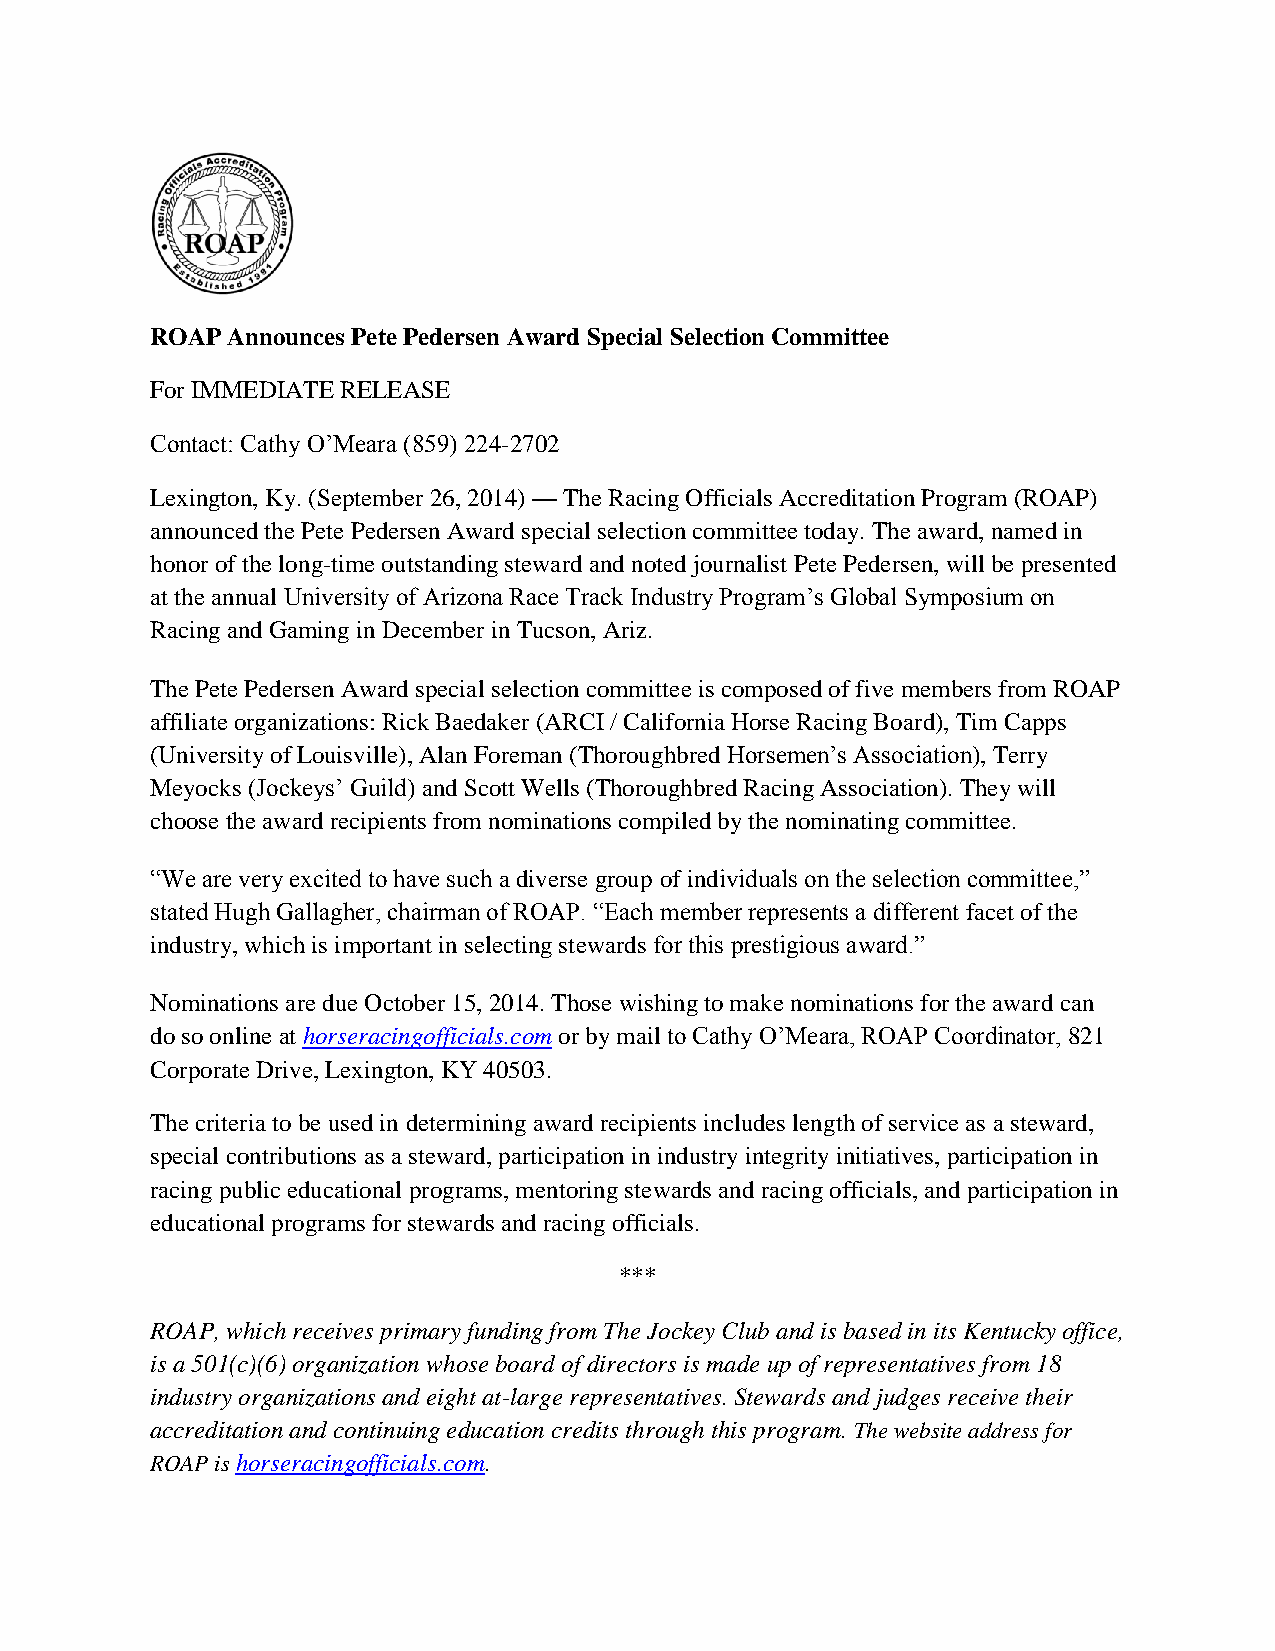
ROAP Announces Pete Pedersen Award Special Selection Committee
 For IMMEDIATE RELEASE
 Contact: Cathy O’Meara (859) 224-2702
 Lexington, Ky. (September 26, 2014) — The Racing Officials Accreditation Program (ROAP)
 announced the Pete Pedersen Award special selection committee today. The award, named in
 honor of the long-time outstanding steward and noted journalist Pete Pedersen, will be presented
 at the annual University of Arizona Race Track Industry Program’s Global Symposium on
 Racing and Gaming in December in Tucson, Ariz.
 The Pete Pedersen Award special selection committee is composed of five members from ROAP
 affiliate organizations: Rick Baedaker (ARCI / California Horse Racing Board), Tim Capps
 (University of Louisville), Alan Foreman (Thoroughbred Horsemen’s Association), Terry
 Meyocks (Jockeys’ Guild) and Scott Wells (Thoroughbred Racing Association). They will
 choose the award recipients from nominations compiled by the nominating committee.
 “We are very excited to have such a diverse group of individuals on the selection committee,”
 stated Hugh Gallagher, chairman of ROAP. “Each member represents a different facet of the
 industry, which is important in selecting stewards for this prestigious award.”
 Nominations are due October 15, 2014. Those wishing to make nominations for the award can
 do so online at horseracingofficials.com or by mail to Cathy O’Meara, ROAP Coordinator, 821
 Corporate Drive, Lexington, KY 40503.
 The criteria to be used in determining award recipients includes length of service as a steward,
 special contributions as a steward, participation in industry integrity initiatives, participation in
 racing public educational programs, mentoring stewards and racing officials, and participation in
 educational programs for stewards and racing officials.
 ***
 ROAP, which receives primary funding from The Jockey Club and is based in its Kentucky office,
 is a 501(c)(6) organization whose board of directors is made up of representatives from 18
 industry organizations and eight at-large representatives. Stewards and judges receive their
 accreditation and continuing education credits through this program. The website address for
 ROAP is horseracingofficials.com.